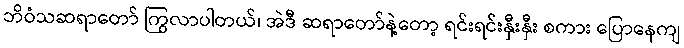
ဘိဝံသဆရာတော် ကြွလာပါတယ်၊ အဲဒီ ဆရာတော်နဲ့တော့ ရင်းရင်းနှီးနှီး စကား ပြောနေကျ